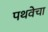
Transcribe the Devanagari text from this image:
पथवेचा